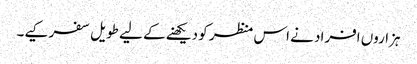
ہزاروں افراد نے اس منظر کو دیکھنے کے لیے طویل سفر کیے۔